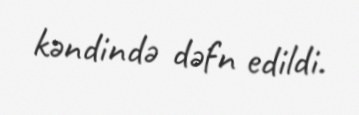
kəndində dəfn edildi.